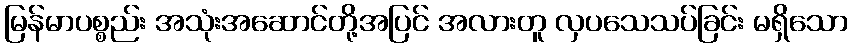
မြန်မာပစ္စည်း အသုံးအဆောင်တို့အပြင် အလားတူ လှပသေသပ်ခြင်း မရှိသော